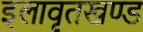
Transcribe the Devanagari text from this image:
इलावृतखण्ड